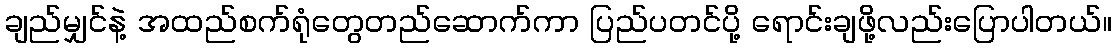
ချည်မျှင်နဲ့ အထည်စက်ရုံတွေတည်ဆောက်ကာ ပြည်ပတင်ပို့ ရောင်းချဖို့လည်းပြောပါတယ်။